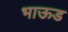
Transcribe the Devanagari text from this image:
भाऊड